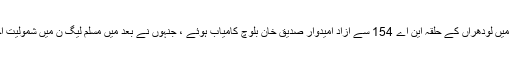
عام انتخابات میں لودھراں کے حلقہ این اے 154 سے آزاد امیدوار صدیق خان بلوچ کامیاب ہوئے ، جنہوں نے بعد میں مسلم لیگ ن میں شمولیت اختیار کرلی ۔